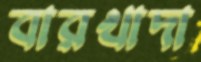
বারখাদা